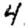
Digit: 4